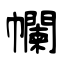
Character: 幱